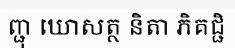
ញ្ជុ ឃោសត្ថ និតា ភិគជ្ជិ